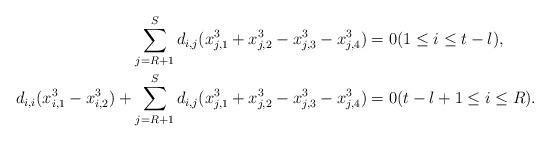
LaTeX: \begin{align*} \sum_{j=R+1}^S d_{i,j}(x_{j,1}^3+x_{j,2}^3-x_{j,3}^3-x_{j,4}^3) &= 0 (1 \le i \le t-l), \\ d_{i,i}(x_{i,1}^3 - x_{i,2}^3) + \sum_{j=R+1}^S d_{i,j}(x_{j,1}^3+x_{j,2}^3-x_{j,3}^3-x_{j,4}^3) &= 0 (t-l+1 \le i \le R). \end{align*}